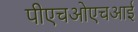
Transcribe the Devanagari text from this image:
पीएचओएचआई